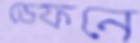
ডেফনে